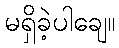
မရှိခဲ့ပါချေ။